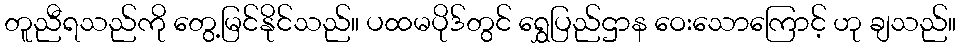
တူညီရသည်ကို တွေ့မြင်နိုင်သည်။ ပထမပိုဒ်တွင် ရွှေပြည်ဌာန ဝေးသောကြောင့် ဟု ချသည်။